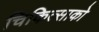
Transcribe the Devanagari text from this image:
चिकित्‍साको